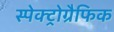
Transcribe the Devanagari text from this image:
स्पेक्ट्रोग्रैफिक